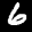
Label: 6